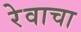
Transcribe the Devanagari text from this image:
रेवाचा